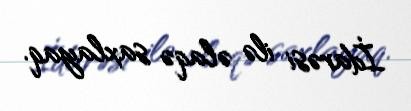
İdarəsi ilə əlaqə saxlayaq.